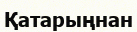
Қатарыңнан